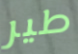
طير